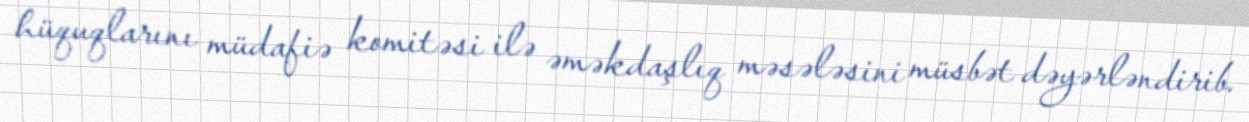
hüquqlarını müdafiə komitəsi ilə əməkdaşlıq məsələsini müsbət dəyərləndirib.